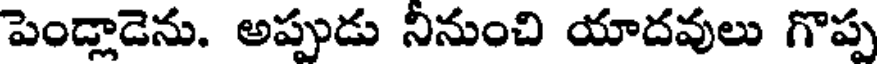
పెండ్లాడెను. అప్పుడు నినుంచి యాదవులు గొప్ప